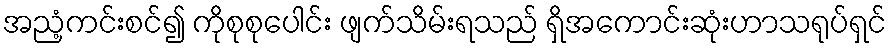
အညံ့ကင်းစင်၍ ကိုစုစုပေါင်း ဖျက်သိမ်းရသည် ရှိအကောင်းဆုံးဟာသရုပ်ရှင်